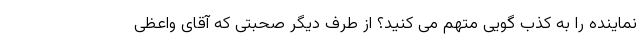
نماینده را به کذب گویی متهم می کنید؟ از طرف دیگر صحبتی که آقای واعظی